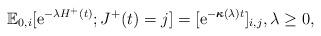
LaTeX: \begin{align*}\mathbb{E}_{0,i}[{\rm e}^{-\lambda H^+(t)}; J^+(t) = j] = [{\rm e}^{-\boldsymbol{\kappa}(\lambda) t }]_{i,j}, \lambda \geq 0,\end{align*}